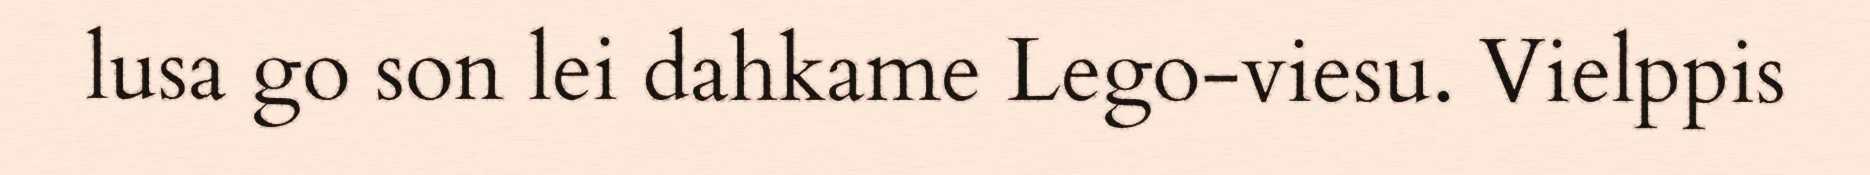
lusa go son lei dahkame Lego-viesu. Vielppis